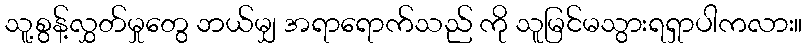
သူ့စွန့်လွှတ်မှုတွေ ဘယ်မျှ အရာရောက်သည် ကို သူမြင်မသွားရရှာပါကလား။